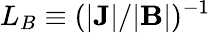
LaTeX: L_{B}\equiv(|{\mathbf J}|/|{\mathbf B}|)^{-1}